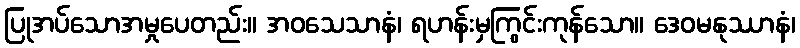
ပြုအပ်သောအမှုပေတည်း။ အဝသေသာနံ၊ ရဟန်းမှကြွင်းကုန်သော။ ဒေဝမနုဿာနံ၊